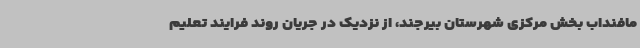
مافنداب بخش مرکزی شهرستان بیرجند، از نزدیک در جریان روند فرایند تعلیم